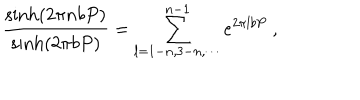
LaTeX: \frac { \sinh ( 2 \pi n b P ) } { \sinh ( 2 \pi b P ) } = \sum _ { l = 1 - n , 3 - n , \cdots } ^ { n - 1 } e ^ { 2 \pi l b P } ~ ,